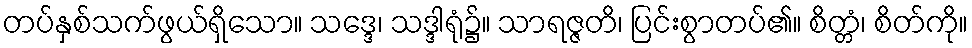
တပ်နှစ်သက်ဖွယ်ရှိသော။ သဒ္ဒေ၊ သဒ္ဒါရုံ၌။ သာရဇ္ဇတိ၊ ပြင်းစွာတပ်၏။ စိတ္တံ၊ စိတ်ကို။